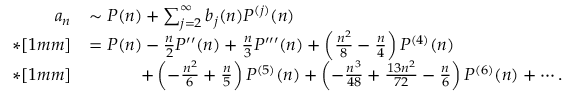
\begin{array} { r l } { a _ { n } } & { \sim P ( n ) + \sum _ { j = 2 } ^ { \infty } b _ { j } ( n ) P ^ { ( j ) } ( n ) } \\ { * [ 1 m m ] } & { = P ( n ) - \frac { n } { 2 } P ^ { \prime \prime } ( n ) + \frac { n } { 3 } P ^ { \prime \prime \prime } ( n ) + \left( \frac { n ^ { 2 } } { 8 } - \frac { n } { 4 } \right) P ^ { ( 4 ) } ( n ) } \\ { * [ 1 m m ] } & { \quad \qquad + \left( - \frac { n ^ { 2 } } { 6 } + \frac { n } { 5 } \right) P ^ { ( 5 ) } ( n ) + \left( - \frac { n ^ { 3 } } { 4 8 } + \frac { 1 3 n ^ { 2 } } { 7 2 } - \frac { n } { 6 } \right) P ^ { ( 6 ) } ( n ) + \cdots . } \end{array}